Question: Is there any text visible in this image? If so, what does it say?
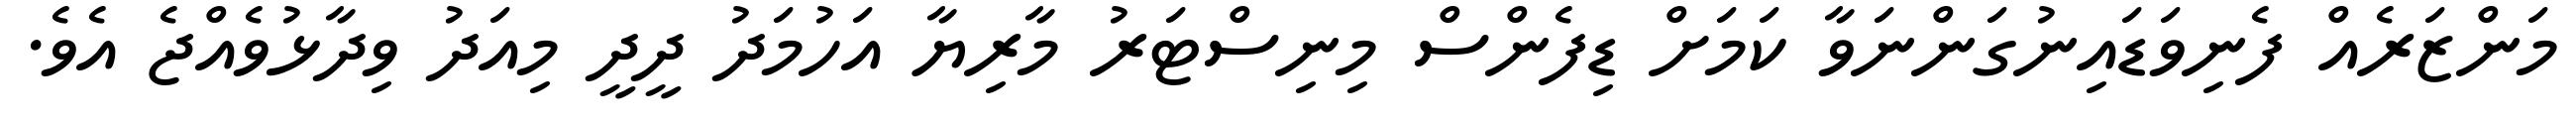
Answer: މަންޒަރެއް ފެނިވަޑައިނުގަންނަވާ ކަމަށް ޑިފެންސް މިނިސްޓަރު މާރިޔާ އަހުމަދު ދީދީ މިއަދު ވިދާޅުވެއްޖެ އެވެ.